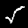
Label: 5